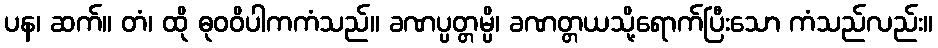
ပန၊ ဆက်။ တံ၊ ထို ဓုဝဝိပါကကံသည်။ ခဏပ္ပတ္တမ္ပိ၊ ခဏတ္တယသို့ရောက်ပြီးသော ကံသည်လည်း။